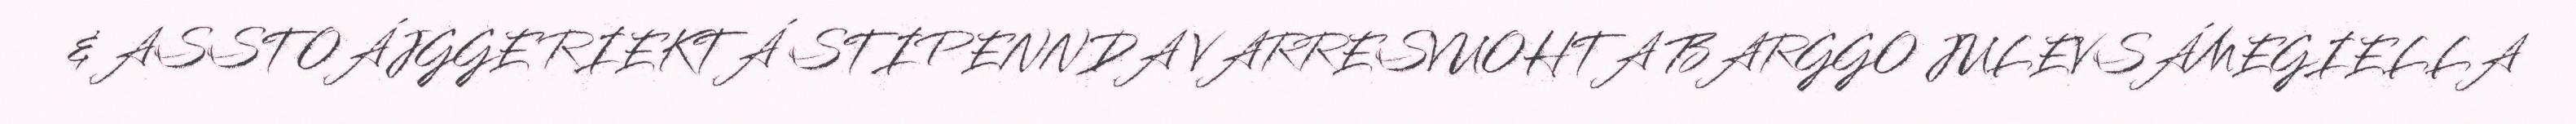
& ASSTOÁJGGE RIEKTÁ STIPENNDA VARRESVUOHTA BARGGO JULEVSÁMEGIELLA